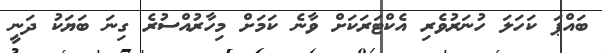
ބައްޕަ ކަހަލަ ހުނަރުވެރި އެކްޓަރަކަށް ވާނެ ކަމަށް މިހާރުއްސުރެ ގިނަ ބަޔަކު ދަނީ